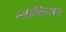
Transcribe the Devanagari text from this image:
व्याकिगत